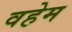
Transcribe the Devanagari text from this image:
वहेम